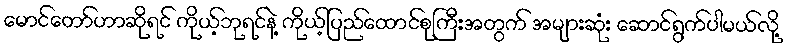
မောင်တော်ဟာဆိုရင် ကိုယ့်ဘုရင်နဲ့ ကိုယ့်ပြည်ထောင်စုကြီးအတွက် အများဆုံး ဆောင်ရွက်ပါမယ်လို့